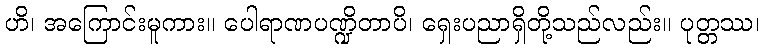
ဟိ၊ အကြောင်းမူကား။ ပေါရာဏပဏ္ဍိတာပိ၊ ရှေးပညာရှိတို့သည်လည်း။ ပုတ္တဿ၊